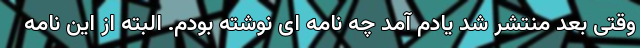
وقتی بعد منتشر شد یادم آمد چه نامه ای نوشته بودم. البته از این نامه